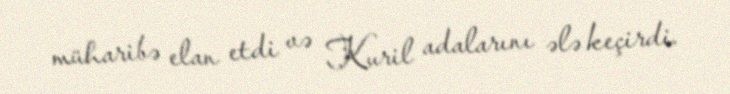
müharibə elan etdi və Kuril adalarını ələ keçirdi.